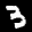
Label: 3